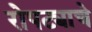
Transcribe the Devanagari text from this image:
रोपट्याचे